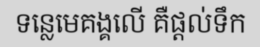
ទន្លេមេគង្គលើ គឺផ្តល់ទឹក